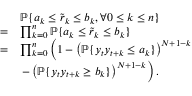
\begin{array} { r l } & { \mathbb { P } \{ a _ { k } \leq \tilde { r } _ { k } \leq b _ { k } , \forall 0 \leq k \leq n \} } \\ { = } & { \prod _ { k = 0 } ^ { n } \mathbb { P } \{ a _ { k } \leq \tilde { r } _ { k } \leq b _ { k } \} } \\ { = } & { \prod _ { k = 0 } ^ { n } \left( 1 - \left( \mathbb { P } \{ y _ { t } y _ { t + k } \leq a _ { k } \} \right) ^ { N + 1 - k } \right. } \\ & { \left. - \left( \mathbb { P } \{ y _ { t } y _ { t + k } \geq b _ { k } \} \right) ^ { N + 1 - k } \right) . } \end{array}